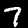
Label: 7